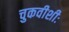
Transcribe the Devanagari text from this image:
चुकवीशीः